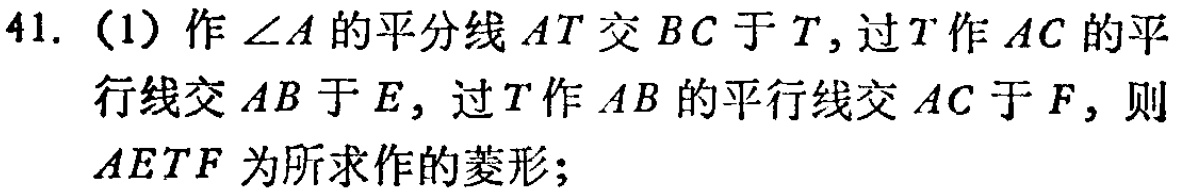
41. (1) 作\(\angle A\)的平分线\(AT\)交\(BC\)于\(T\)，过\(T\)作\(AC\)的平行线交\(AB\)于\(E\)，过\(T\)作\(AB\)的平行线交\(AC\)于\(F\)，则\(AETF\)为所求作的菱形；